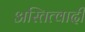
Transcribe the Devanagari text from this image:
अस्तित्वादी